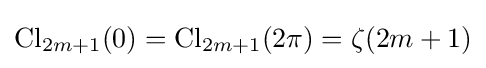
\operatorname {Cl} _{2m+1}(0)=\operatorname {Cl} _{2m+1}(2\pi )=\zeta (2m+1)